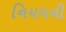
નિયમની